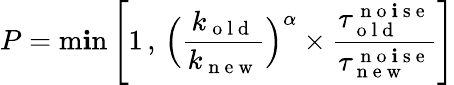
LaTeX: P=\operatorname*{m\mathbf{i}n}\left[1\, ,\, \Big(\frac{{k_{\mathrm{{~o~l~d~}}}}}{{k_{\mathrm{{~n~e~w~}}}}}\Big)^{\alpha}\times\frac{{\tau_{\mathrm{{~o~l~d~}}}^{\mathrm{{~n~o~\mathbf{i}~s~e~}}}}}{{\tau_{\mathrm{{~n~e~w~}}}^{\mathrm{{~n~o~\mathbf{i}~s~e~}}}}}\right]